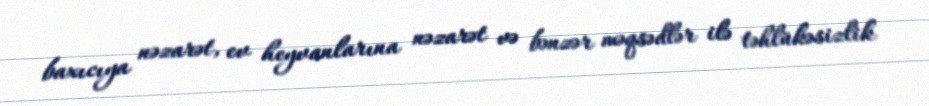
baxıcıya nəzarət, ev heyvanlarına nəzarət və bənzər məqsədlər ilə təhlükəsizlik